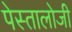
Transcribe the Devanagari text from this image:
पेस्तालोजी